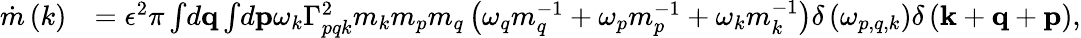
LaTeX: \begin{array}{rl}{\dot{m}\left(k\right)}&{=\epsilon^{2}\pi\int\! d\mathbf{q}\int\! d\mathbf{p}\omega_{k}\Gamma_{pqk}^{2}m_{k}m_{p}m_{q}\left(\omega_{q}m_{q}^{-1}+\omega_{p}m_{p}^{-1}+\omega_{k}m_{k}^{-1}\right)\delta\left(\omega_{p,q,k}\right)\delta\left(\mathbf{k}+\mathbf{q}+\mathbf{p}\right),}\end{array}